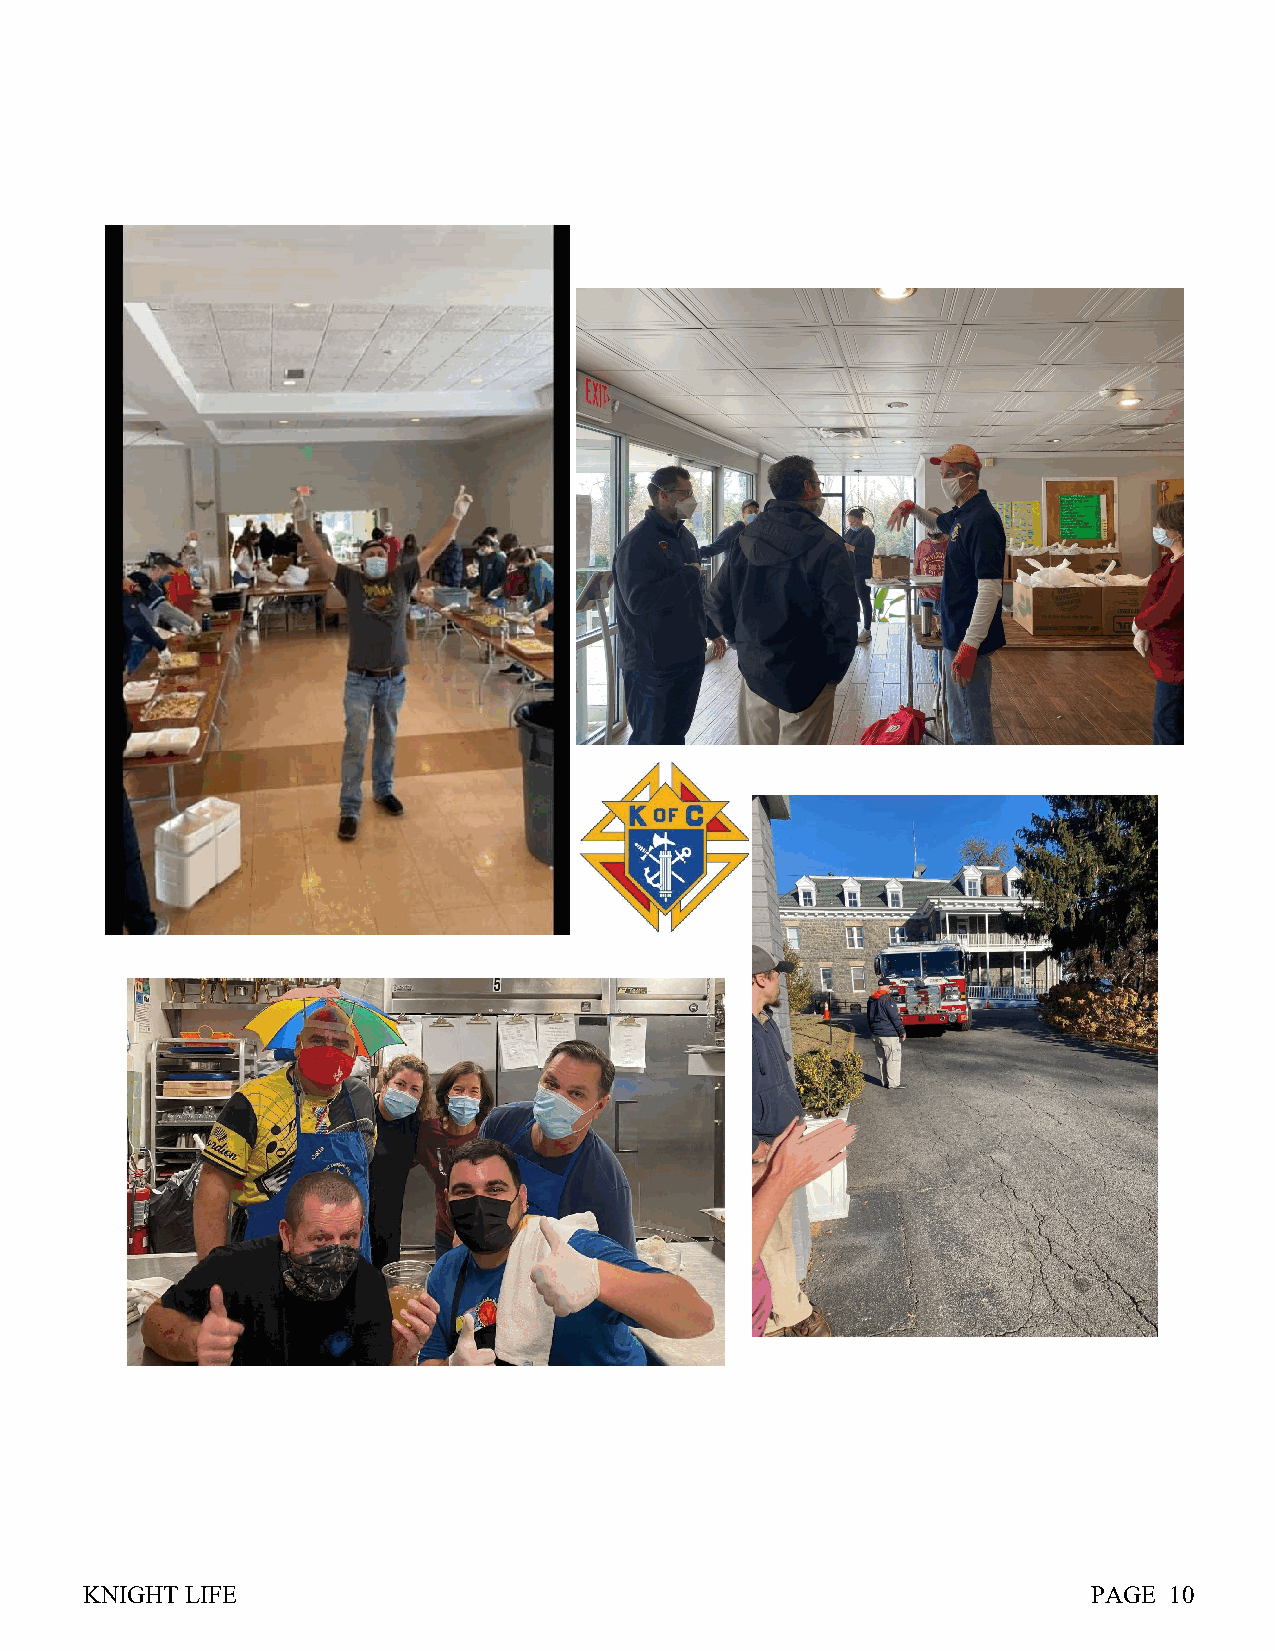
KNIGHT LIFE                                                        PAGE 10